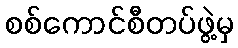
စစ်ကောင်စီတပ်ဖွဲ့မှ